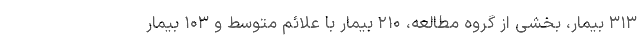
۳۱۳ بیمار، بخشی از گروه مطالعه، ۲۱۰ بیمار با علائم متوسط ‌و ۱۰۳ بیمار